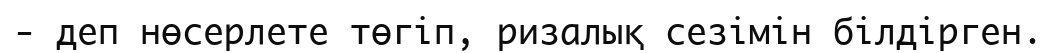
- деп нөсерлете төгіп, ризалық сезімін білдірген.